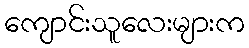
ကျောင်းသူလေးများက